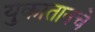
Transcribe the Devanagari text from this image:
युकातानचे